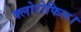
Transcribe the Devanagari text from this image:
क्लोरोफिल।